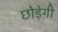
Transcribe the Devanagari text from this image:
छोड़ेगी